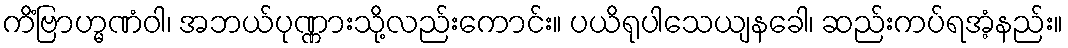
ကိံဗြာဟ္မဏံဝါ၊ အဘယ်ပုဏ္ဏားသို့လည်းကောင်း။ ပယိရုပါသေယျနခေါ၊ ဆည်းကပ်ရအံ့နည်း။